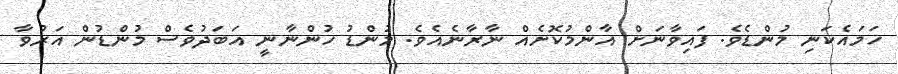
ހަމައެކަނި މުންޑެވެ. ފައިވާނަށް އާންމުކޮށެއް ނާރާނެއެވެ. މުންޑު ހުންނާނީ އަބަދުވެސް މުންޑުން އަރުވާ